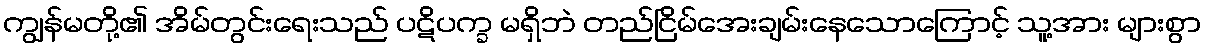
ကျွန်မတို့၏ အိမ်တွင်းရေးသည် ပဋိပက္ခ မရှိဘဲ တည်ငြိမ်အေးချမ်းနေသောကြောင့် သူ့အား များစွာ